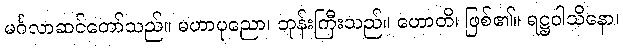
မင်္ဂလာဆင်တော်သည်။ မဟာပုညော၊ ဘုန်းကြီးသည်။ ဟောတိ၊ ဖြစ်၏။ ရဋ္ဌဝါသိနော၊